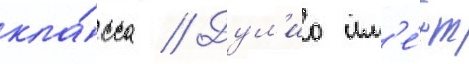
кла́сса // Дул'ио им'е́ет